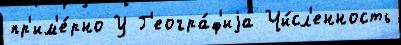
пр'им'е́рно У Г'еогра́ф'иjа Чи́сл'енность